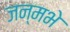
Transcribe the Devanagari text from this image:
जन्मभे